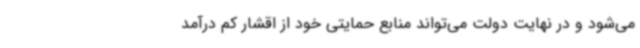
می‌شود و در نهایت دولت می‌تواند منابع حمایتی خود از اقشار کم درآمد